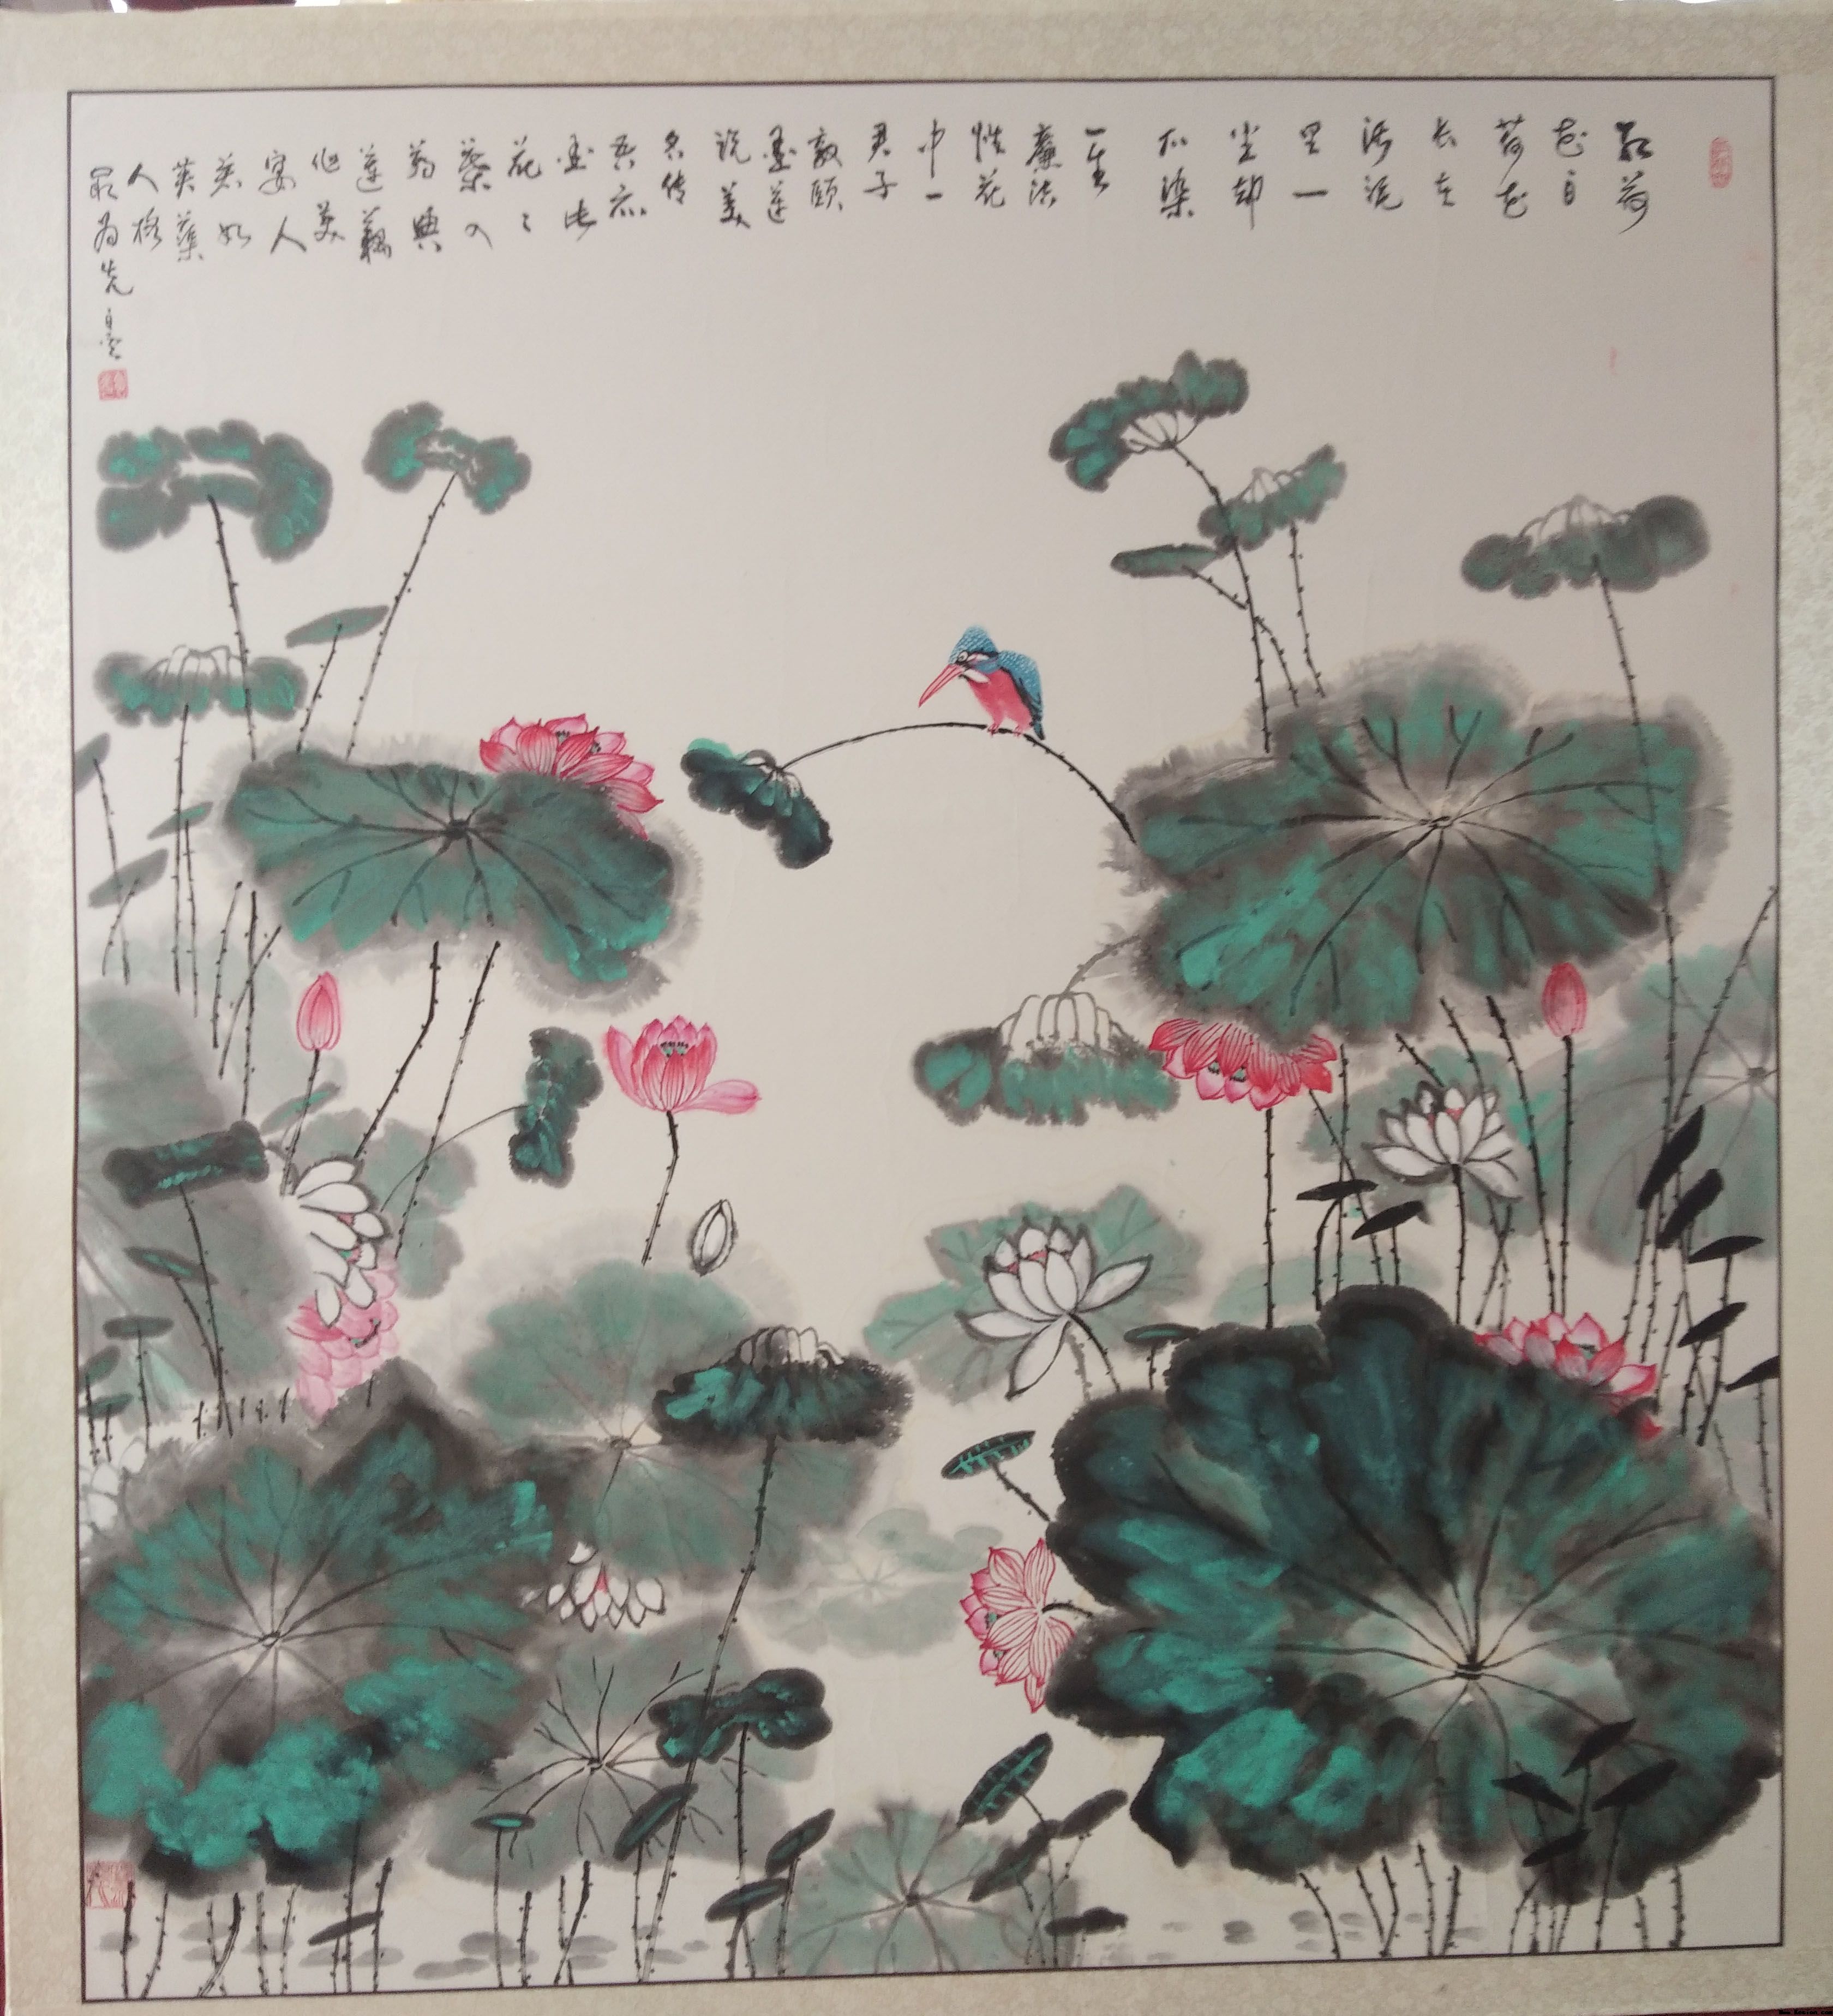
江燕话归成晓别，水花红减似春休。西风梧井叶先愁。